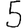
Digit: 5